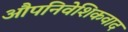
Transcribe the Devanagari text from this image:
औपनिवेशिकवाद